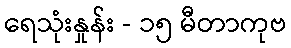
ရေသုံးနှုန်း - ၁၅ မီတာကုဗ